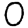
Digit: 0